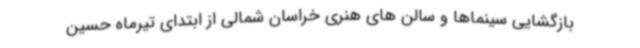
بازگشایی سینماها و سالن های هنری خراسان شمالی از ابتدای تیرماه حسین